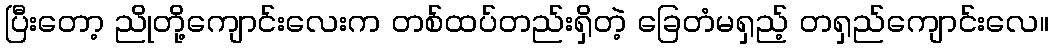
ပြီးတော့ ညိုတို့ကျောင်းလေးက တစ်ထပ်တည်းရှိတဲ့ ခြေတံမရှည့် တရှည်ကျောင်းလေ။